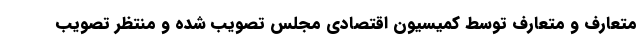
متعارف و متعارف توسط کمیسیون اقتصادی مجلس تصویب شده و منتظر تصویب